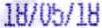
18/05/18